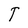
Character: T